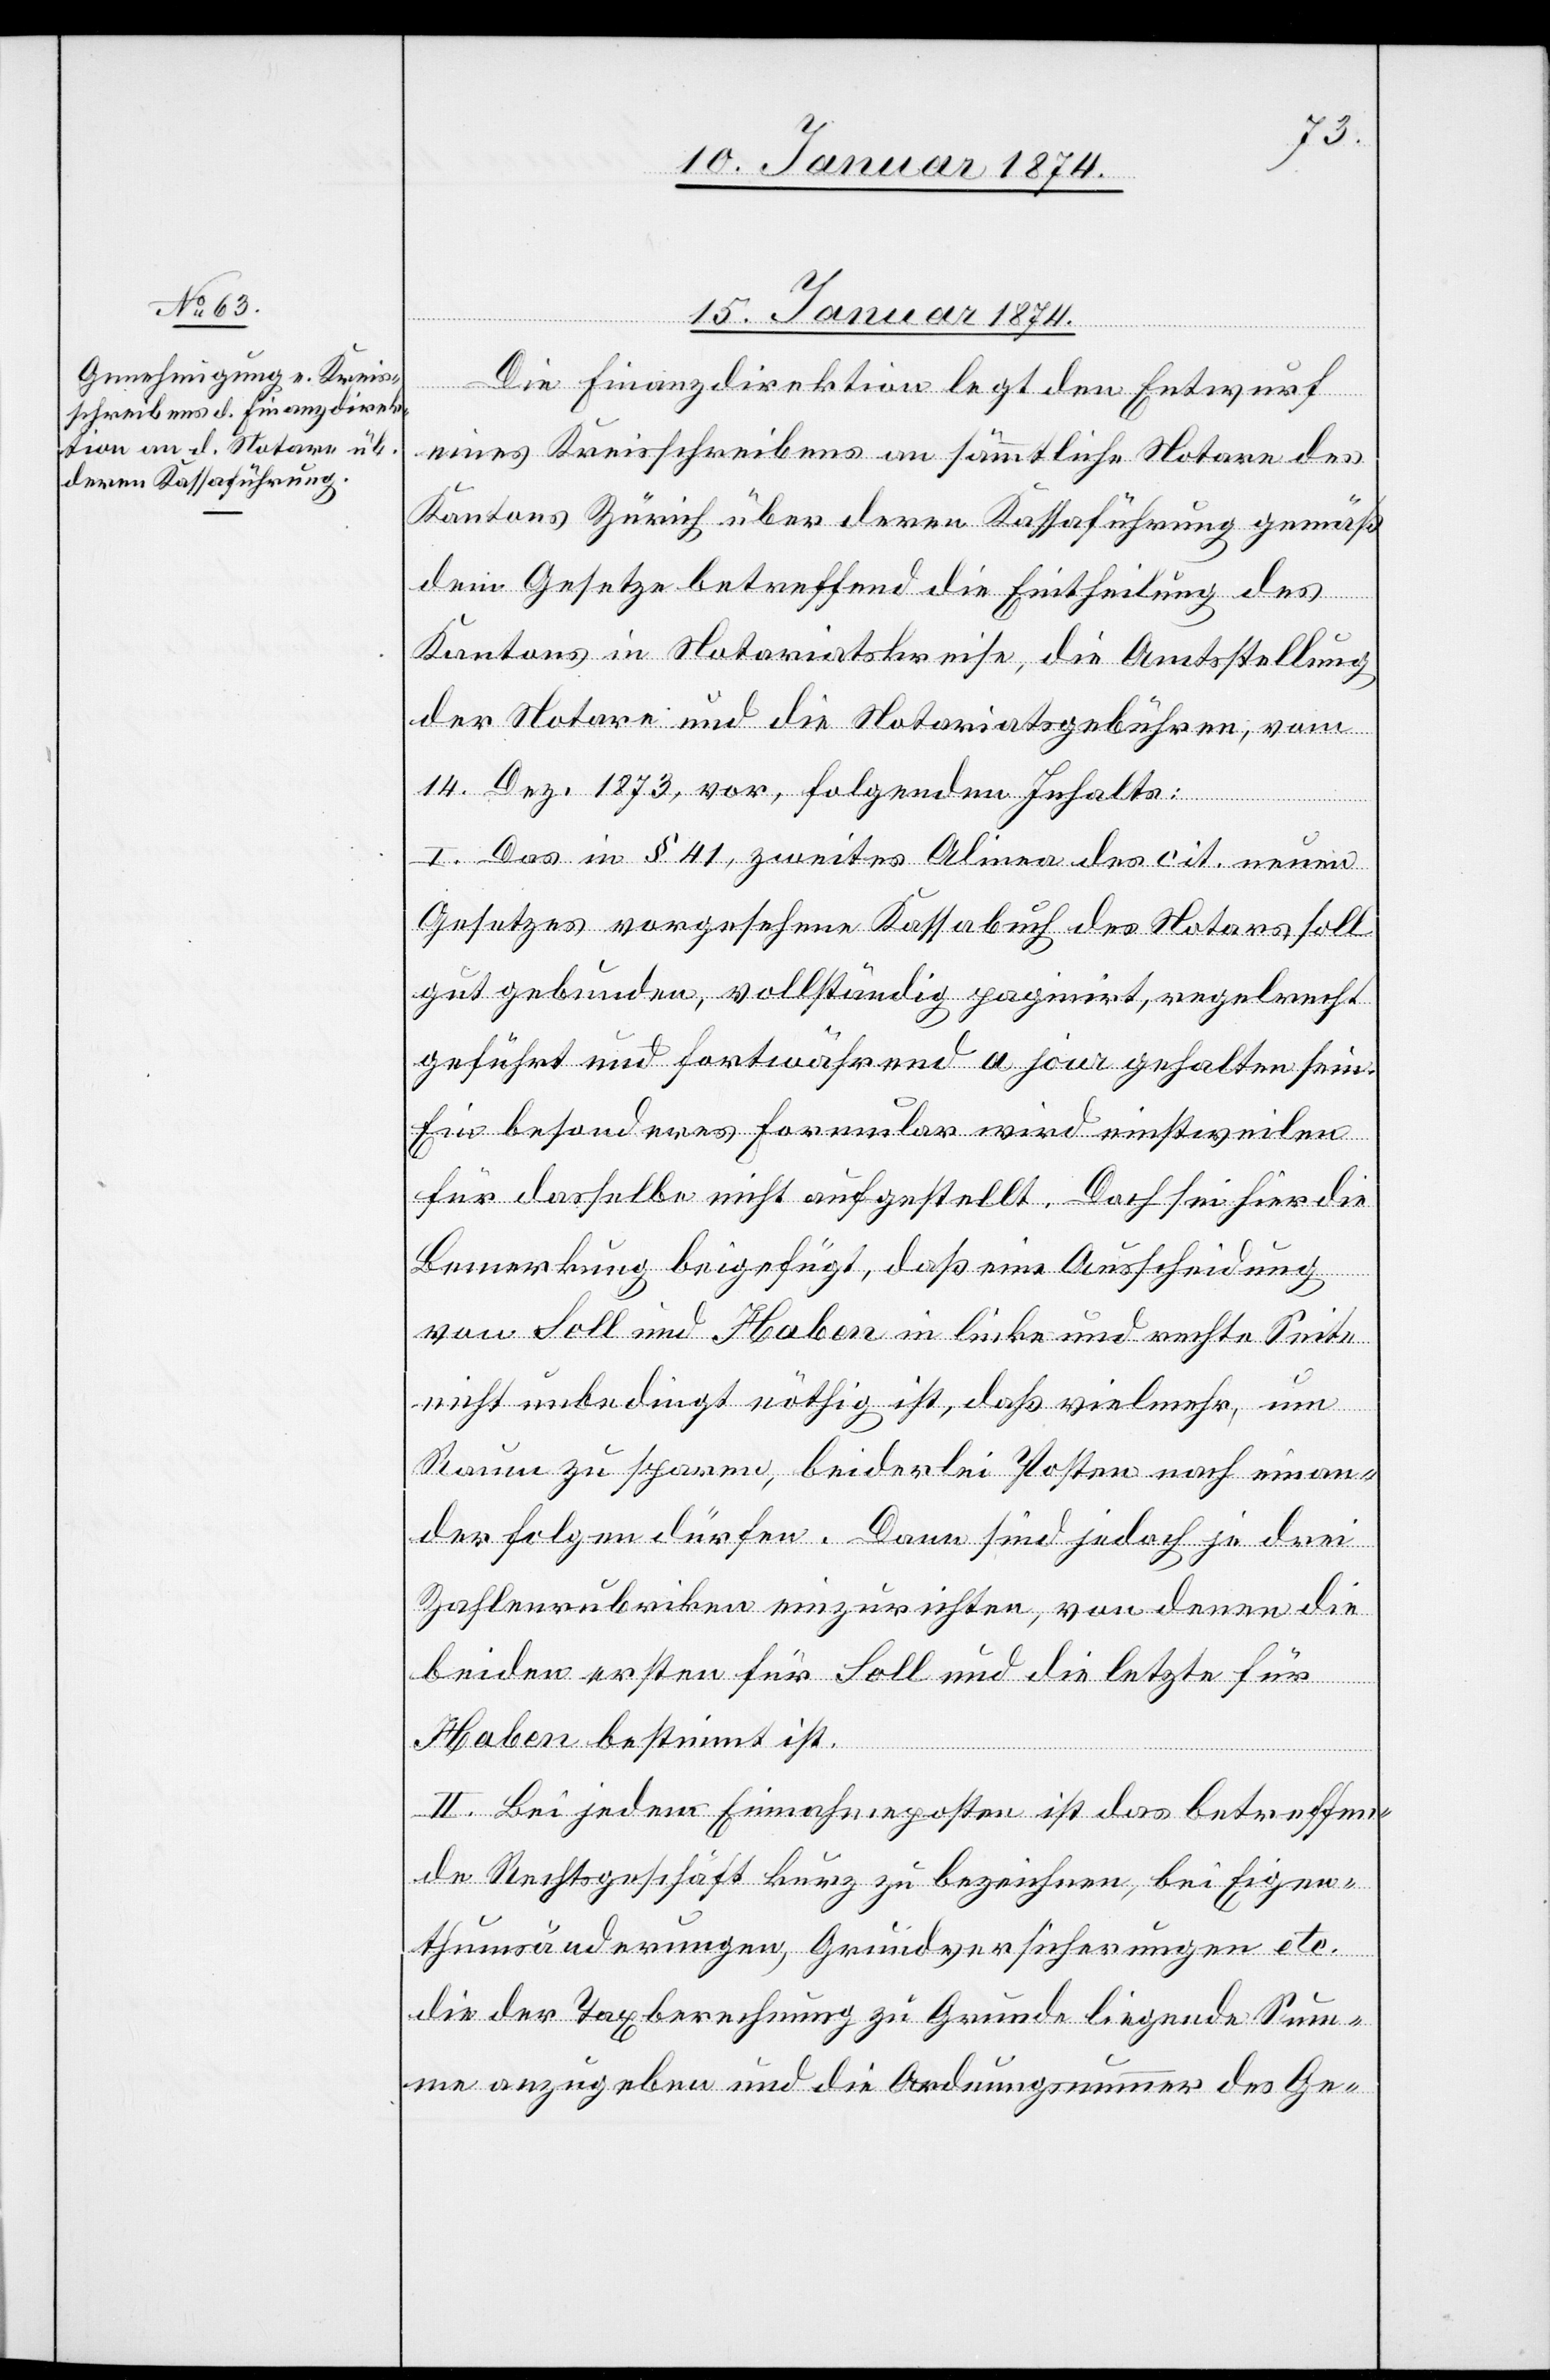
15. Januar 1874.
Die Finanzdirektion legt den Entwurf
eines Kreisschreibens an sämmtliche Notare des
Kantons Zürich über deren Kassaführung gemäß
dem Gesetze betreffend die Eintheilung des
Kantons in Notariatskreise, die Amtsstellung
der Notare und die Notariatsgebühren, vom
14. Dez. 1873, vor, folgenden Inhaltes:
I. Das in § 41, zweites Alinea des cit. neuen
Gesetzes vorgesehene Kassabuch des Notars soll
gut gebunden, vollständig paginirt, regelrecht
geführt und fortwährend a jour gehalten sein.
Ein besonderes Formular wird einstweilen
für dasselbe nicht aufgestellt. Doch sei hier die
Bemerkung beigefügt, daß eine Ausscheidung
von Soll und Haben in linke und rechte Seite
nicht unbedingt nöthig ist, daß vielmehr, um
Raum zu sparen, beiderlei Kosten nach einan¬
der folgen dürfen. Dann sind jedoch je drei
Zahlenrubriken einzurichten, von denen die
beiden ersten für Soll und die letzte für
Haben bestimmt ist.
II. Bei jedem Einnahmeposten ist das betreffen¬
de Rechtsgeschäft kurz zu bezeichnen, bei Eigen¬
thumsänderungen, Grundversicherungen etc.
die der Taxberechnung zu Grunde liegende Sum¬
me anzugeben und die Ordnungsnummer des Ge-